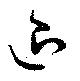
退